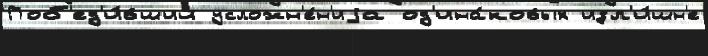
Поб'ед'и́вший усложн'е́н'иjа од'ина́ковых изл'и́шн'е